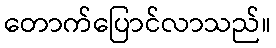
တောက်ပြောင်လာသည်။